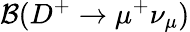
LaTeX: {\mathcal B}(D^{+}\to\mu^{+}\nu_{\mu})